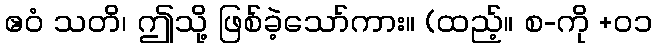
ဧဝံ သတိ၊ ဤသို့ ဖြစ်ခဲ့သော်ကား။ (ထည့်။ စ-ကို +၀၁